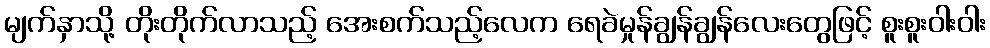
မျက်နှာသို့ တိုးတိုက်လာသည့် အေးစက်သည့်လေက ရေခဲမှုန်ချွန်ချွန်လေးတွေဖြင့် စူးစူးဝါးဝါး